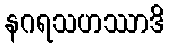
နဂရသဟဿာဒိ